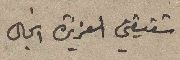
شقيقتي العزيزة انجال